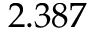
2 . 3 8 7